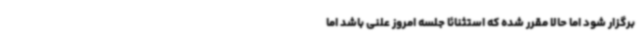
برگزار شود اما حالا مقرر شده که استثنائا جلسه امروز علنی باشد اما